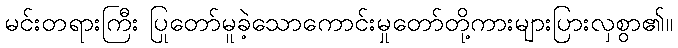
မင်းတရားကြီး ပြုတော်မူခဲ့သောကောင်းမှုတော်တို့ကားများပြားလှစွာ၏။